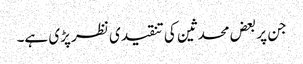
جن پر بعض محدثین کی تنقیدی نظر پڑی ہے۔